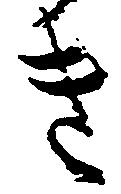
き